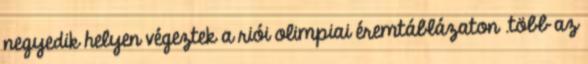
negyedik helyen végeztek a riói olimpiai éremtáblázaton .több az